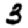
Digit: 3